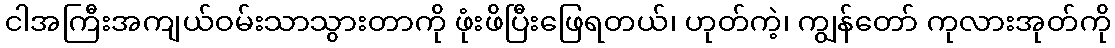
ငါအကြီးအကျယ်ဝမ်းသာသွားတာကို ဖုံးဖိပြီးဖြေရတယ်၊ ဟုတ်ကဲ့၊ ကျွန်တော် ကုလားအုတ်ကို